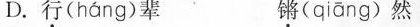
D.行( háng )辈 锵( qiāng )然